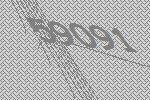
59091